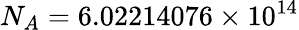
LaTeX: N_{A}=6.02214076\times 10^{14}